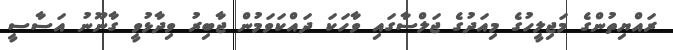
ރައްޔިތުންގެ މަޖިލީހުގެ މިއަދުގެ ޖަލްސާގައި ވާހަކަ ދައްކަވަމުން ޖާބިރު ވިދާޅުވީ ގާނޫނު އަސާސީ